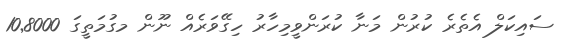
ސައިކަލް އެތެރެ ކުރުން މަނާ ކުރަންވީމިހާރު ހިގޭވަރެއް ނޫން މގުމަތީގަ 10